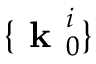
\{ \textbf { k } _ { 0 } ^ { i } \}